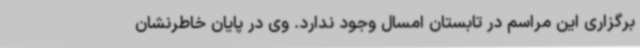
برگزاری این مراسم در تابستان امسال وجود ندارد. وی در پایان خاطرنشان